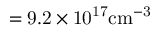
\mathrm { = 9 . 2 \times 1 0 ^ { 1 7 } c m ^ { - 3 } }